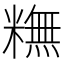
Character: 𥼣